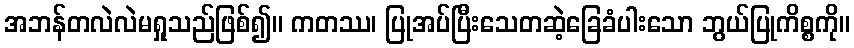
အဘန်တလဲလဲမရှုသည်ဖြစ်၍။ ကတဿ၊ ပြုအပ်ပြီးသေတဆဲ့ခြေခံပါးသော ဘွယ်ပြုကိစ္စကို။